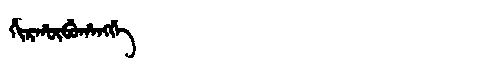
Manchu: ᡥᡳᡵᡥᡡᠪᡠᡥᠠᠩᡤᡝ
Romanization: HIRHŪBUHANGGE